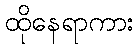
ထိုနေရာကား